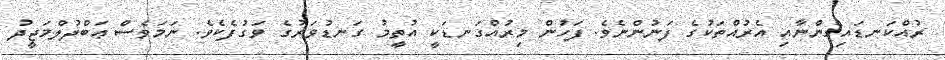
ރުއްކަނޑައިގެންނާއި އެރުއްތަކުގެ ފަނުންނެވެ. ފަހުން މިރުއްގަނޑަކީ އުތީމު ގަނޑުވަރުގެ ވަގުފެކެވެ. ނަމަވެސް ޢަބްދުލްމަޖީދު